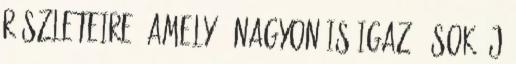
részleteire, amely - nagyon is igaz - sok új